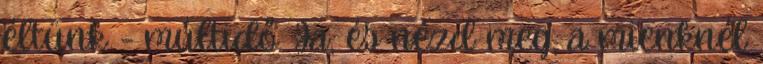
éltünk - múltidő. Ja, és nézd meg, a mienknél